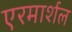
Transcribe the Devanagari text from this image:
एरमार्शल